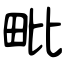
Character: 毗